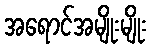
အရောင်အမျိုးမျိုး